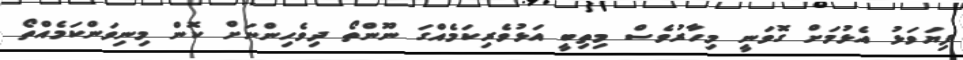
ފިޔަވަޅު އެޅުމަށް ގޮވަނީ މިހާރުވެސް މިތިބީ އަޅުވެރިކަމެއްގަ ނޫންތޯ ދިވެހިންނަށް ކޮން މިނިވަންކަމެއްތޯ